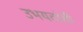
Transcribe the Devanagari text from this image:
उभयतांशी